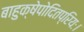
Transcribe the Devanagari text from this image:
बाहुक्षेपोदितप्रियः।